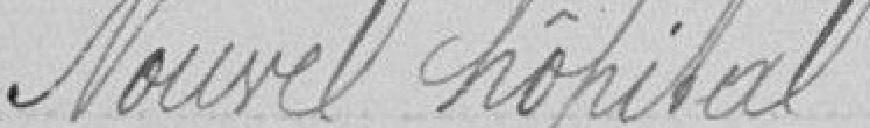
Nouvel Hôpital